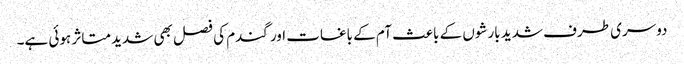
دوسری طرف شدید بارشوں کے باعث آم کے باغات اور گندم کی فصل بھی شدید متاثر ہوئی ہے۔